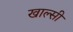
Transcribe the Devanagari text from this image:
खाल्सी